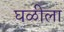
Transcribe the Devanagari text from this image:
घळीला